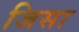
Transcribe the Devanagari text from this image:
जिसा